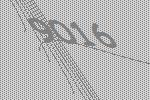
9016